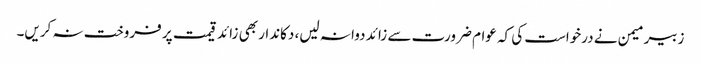
زبیر میمن نے درخواست کی کہ عوام ضرورت سے زائد دوا نہ لیں، دکاندار بھی زائد قیمت پر فروخت نہ کریں۔